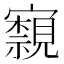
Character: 𭔢